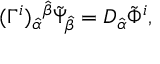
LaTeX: ( \Gamma ^ { i } ) _ { \hat { \alpha } } { } ^ { \hat { \beta } } \tilde { \Psi } _ { \hat { \beta } } = D _ { \hat { \alpha } } \tilde { \Phi } ^ { i } ,